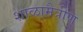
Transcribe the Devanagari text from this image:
शाळामैत्रीण